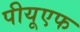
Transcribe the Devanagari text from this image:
पीयूएफ